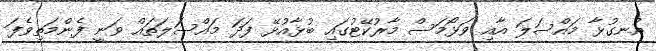
އުނގުޅާ މައްސަލަ އާއި ވަޅޯމަސް މާރުކޭޓުގައި ބުޅާއުޅޭ ފަދަ މައްސަލަތައް ވަނީ ފެންމަތިވެފަ